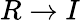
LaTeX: R\to I